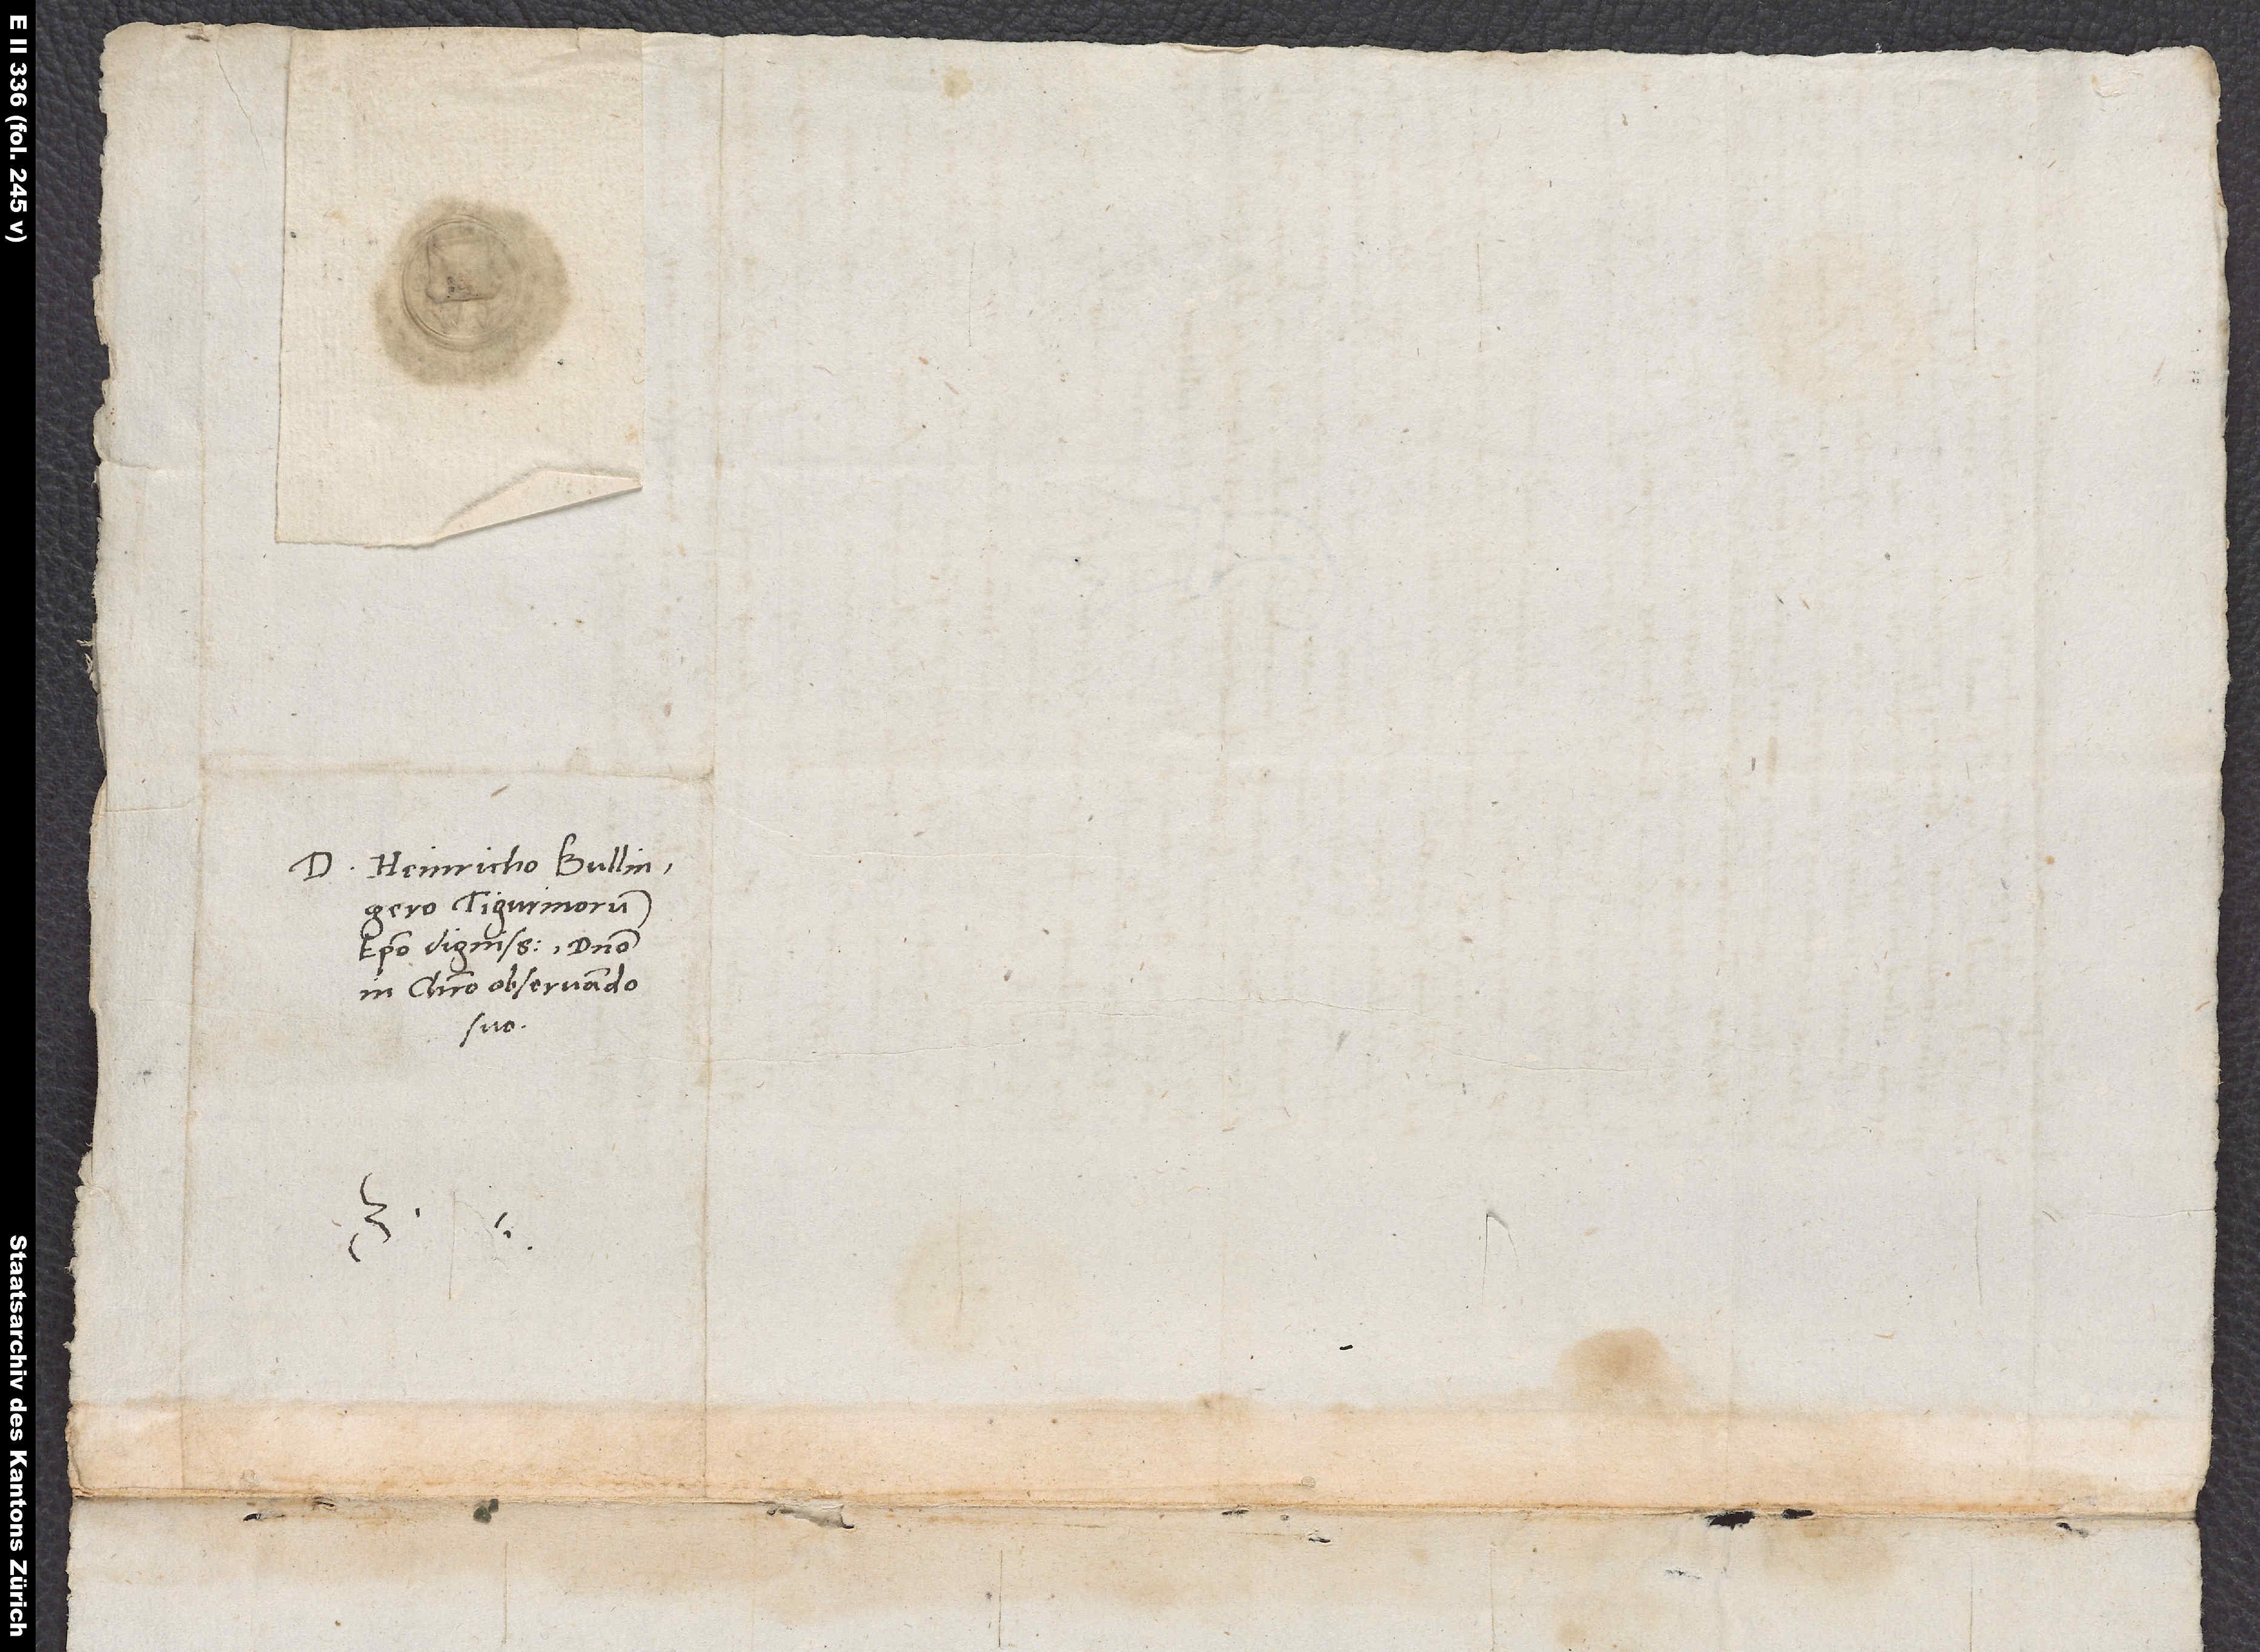
S.

D. Heinricho Bullingero,
Tigurinorum
episcopo dignissimo, domino
in Christo observando
suo.